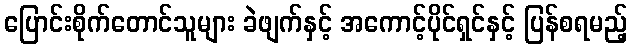
ပြောင်းစိုက်တောင်သူများ ခဲဖျက်နှင့် အကောင့်ပိုင်ရှင်နှင့် ပြန်စရမည့်